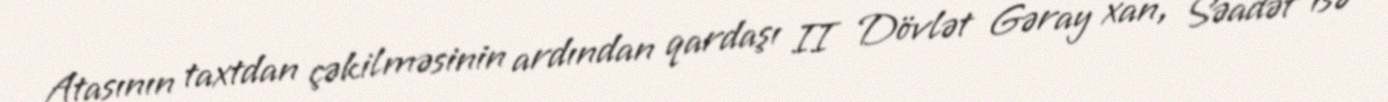
Atasının taxtdan çəkilməsinin ardından qardaşı II Dövlət Gəray xan, Səadət isə